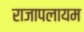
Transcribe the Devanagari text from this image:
राजापलायम